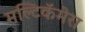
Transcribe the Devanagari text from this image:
मल्टिकॅमेरा